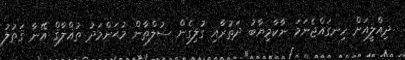
ދިއްލީއަށް ހިނގައްޖެނަމަ ނާކާމިޔާބު ދަތުރާއި ގުލިގެން ސުލްޠާން މުޙަންމަދު ތުޣްލާޤް އޭނާ ޤަތުލު